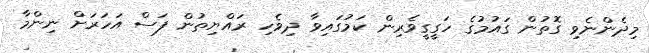
މިދެންނެވި ގޮތުން ގައުމުގެ ހަގީގީވެރިން ކަމުގައިވާ ދިވެހި ރައްޔިތުން ފަސް އަހަރަށް ނިންމާ